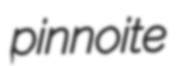
pinnoite